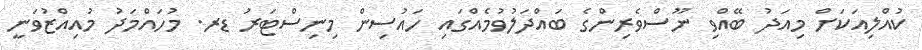
ކުއްލިއަކަށް މިއަދު ބޭއްވި ނޫސްވެރިންގެ ބައްދަލުވުމެއްގައި ހައުސިން މިނިސްޓަރު ޑރ. މުހައްމަދު މުއިއްޒުވަނީ